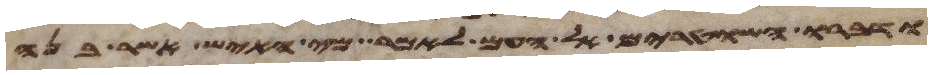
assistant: ודברו השטרים אל העם לאמר מי האיש אשר בנה